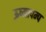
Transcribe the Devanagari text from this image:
ऊष्मापम्प